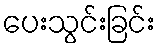
ပေးသွင်းခြင်း